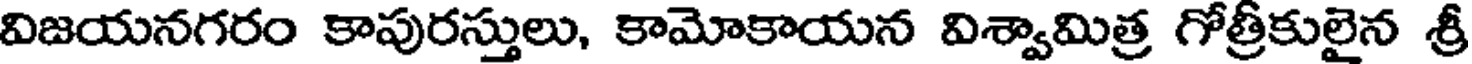
విజయనగరం కాపురస్తులు, కామోకాయన విశ్వామిత్ర గోత్రీకులైన శ్రీ